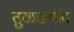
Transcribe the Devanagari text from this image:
तुळसगांव